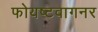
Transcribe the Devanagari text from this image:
फोयष्टवागनर